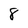
Character: 8